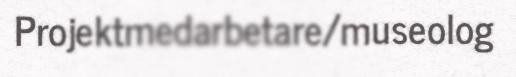
Projektmedarbetare/museolog